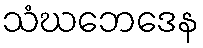
သံဃဘေဒေန